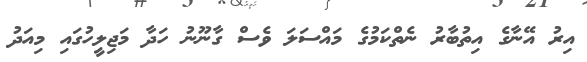
އިރު އޭނާގެ އިތުބާރު ނެތްކަމުގެ މައްސަލަ ވެސް ގާނޫނު ހަދާ މަޖިލީހުގައި މިއަދު